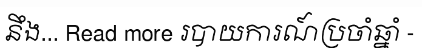
នឹង... Read more របាយការណ៍ប្រចាំឆ្នាំ -